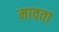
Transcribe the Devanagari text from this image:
मावता